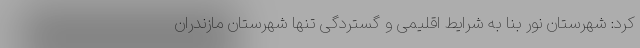
کرد: شهرستان نور بنا به شرایط اقلیمی و گستردگی تنها شهرستان مازندران